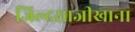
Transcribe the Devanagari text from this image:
जिल्दसाजीखाना